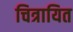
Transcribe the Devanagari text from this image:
चित्रायित